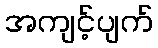
အကျင့်ပျက်